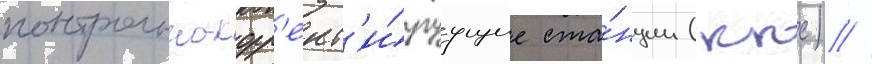
контрольно-корр'ект'и́руущие ста́нции (ккс) //